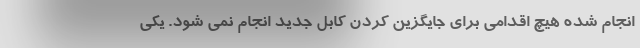
انجام شده هیچ اقدامی برای جایگزین کردن کابل جدید انجام نمی شود. یکی